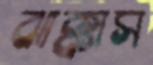
ঝাক্কাস